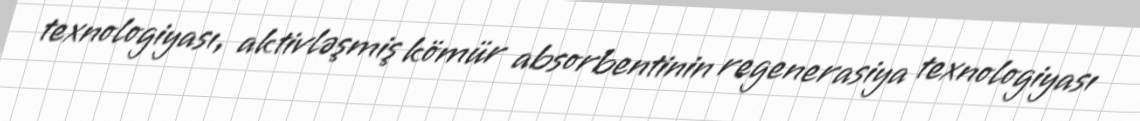
texnologiyası, aktivləşmiş kömür absorbentinin regenerasiya texnologiyası